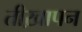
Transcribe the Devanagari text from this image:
तीख़ापन